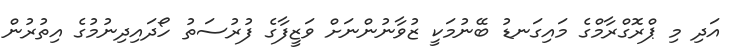
އަދި މި ޕްރޮގްރާމްގެ މައިގަނޑު ބޭނުމަކީ ޒުވާނުންނަށް ވަޒީފާގެ ފުރުސަތު ހޯދައިދިނުމުގެ އިތުރުން